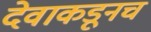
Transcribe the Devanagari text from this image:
देवाकडूनच